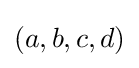
(a,b,c,d)